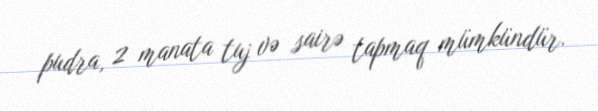
pudra, 2 manata tuj və sairə tapmaq mümkündür.